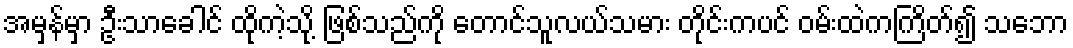
အမှန်မှာ ဦးသာခေါင် ထိုကဲ့သို့ ဖြစ်သည်ကို တောင်သူလယ်သမား တိုင်းကပင် ဝမ်းထဲကကြိတ်၍ သဘော